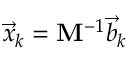
\Vec { x } _ { k } = \mathbf { M } ^ { - 1 } \Vec { b } _ { k }